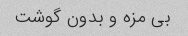
بی مزه و بدون گوشت